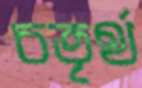
চতৃর্থ